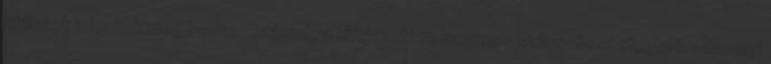
stílusok jelennek meg benne. Számukra kifejezetten hasznos stílus-összefoglaló. -Mennyi